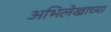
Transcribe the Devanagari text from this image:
अभिलेखाच्या